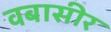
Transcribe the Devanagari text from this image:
वबासीर